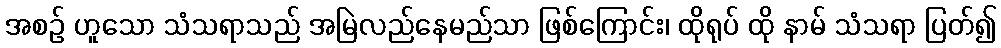
အစဉ် ဟူသော သံသရာသည် အမြဲလည်နေမည်သာ ဖြစ်ကြောင်း၊ ထိုရုပ် ထို နာမ် သံသရာ ပြတ်၍